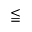
\leqq